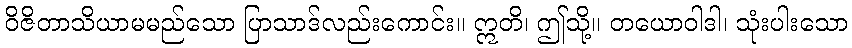
ဝိဇိတာသိယာမမည်သော ပြာသာဒ်လည်းကောင်း။ ဣတိ၊ ဤသို့။ တယောဝါဒါ၊ သုံးပါးသော